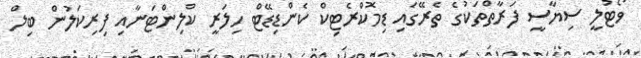
ވޯޓުލީ ސިޔާސީ ފަރާތްތަކުގެ ތެރޭގައި ޑިމޮކްރެޓިކް ކެންޑިޑޭޓް ހިލަރީ ކްލިންޓަނާއި ފިރިކަލުން ބިލް